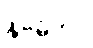
နိုဗမ်ဘာ